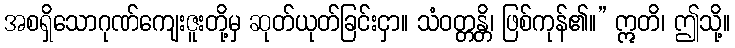
အစရှိသောဂုဏ်ကျေးဇူးတို့မှ ဆုတ်ယုတ်ခြင်းငှာ။ သံဝတ္တန္တိ၊ ဖြစ်ကုန်၏။” ဣတိ၊ ဤသို့။